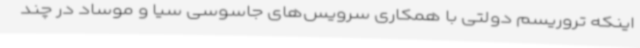
اینکه تروریسم دولتی با همکاری سرویس‌های جاسوسی سیا و موساد در چند